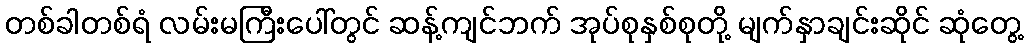
တစ်ခါတစ်ရံ လမ်းမကြီးပေါ်တွင် ဆန့်ကျင်ဘက် အုပ်စုနှစ်စုတို့ မျက်နှာချင်းဆိုင် ဆုံတွေ့